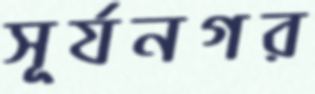
সূর্যনগর